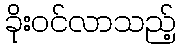
ခိုးဝင်လာသည့်